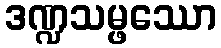
ဒဏ္ဍသမ္ဖဿော